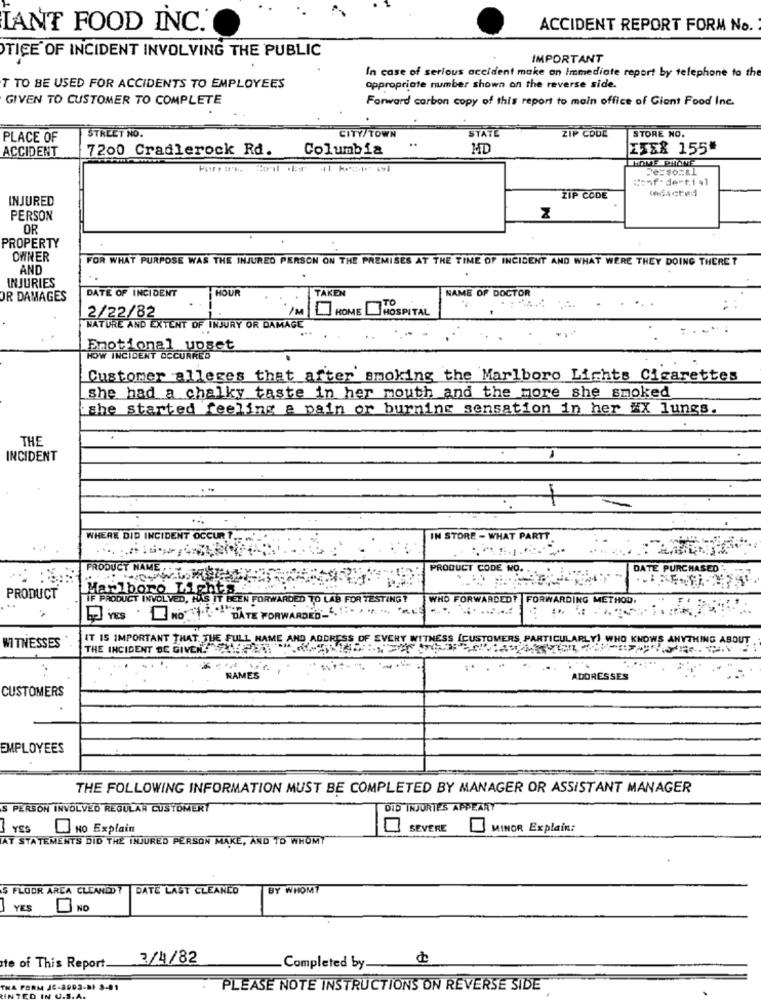
LANT FOOD INC.
ACCIDENT REPORT FORM No.
TICE OF INCIDENT INVOLVING THE PUBLIC
IMPORTANT
In case of serious accident make an Immediate report by telephone to the
T TO BE USED FOR ACCIDENTS TO EMPLOYEES
appropriate number shown on the reverse side.
GIVEN TO CUSTOMER TO COMPLETE
Forward carbon copy of this report to main office of Giant Food Inc.
STATE
STORE NO.
PLACE OF
STREET NO.
CITY/TOWN
..
ZIP CODE
7200 Cradlerock Rd.
Columbia
MD
ISER 155#
ACCIDENT
HOME PITANTE
Personal
Conf. denti,1
INJURED
ZIP CODE
PERSON
Z
OR
PROPERTY
OWNER
FOR WHAT PURPOSE WAS THE INJURED PERSON ON THE PREMISES AT THE TIME OF INCIDENT AND WHAT WERE THEY DOING THERE ?
AND
INJURIES
DATE OF INCIDENT
TAKEN
NAME OF DOCTOR
R DAMAGES
HOUR
TO
1M
HOME LIHOSPITAL
.. .
2/22/82
NATURE AND EXTENT OF INJURY OR DAMAGE
Emotional upset
NOW INCIDENT OCCURRED
Customer alleges that after smoking the Marlboro Lights Cigarettes
she had a chalky taste in her mouth and the more she smoked
she started feeling a pain or burning sensation in her #X lungs.
THE
INCIDENT
WHERE DID INCIDENT OCCUR ?
IN STORE - WHAT PARTT.
PRODUCT NAME
PRODUCT CODE NO.
DATE PURCHASED -
Marlboro Light
PRODUCT
IF PRODUCT INVOLVED, HAS IT BEEN FORWARDED TO LAB FOR TESTING?
WHO FORWARDED! |FORWARDING METHOD,
DATE FORWARDED -....... ..
IT IS IMPORTANT THAT THE FULL NAME AND ADDRESS OF EVERY WITNESS [CUSTOMERS, PARTICULARLY) WHO KNOWS ANYTHING ABOUT
WITNESSES
THE INCIDENT BE GIVEN 225
NAMES
ADDRESSES
CUSTOMERS
EMPLOYEES
THE FOLLOWING INFORMATION MUST BE COMPLETED BY MANAGER OR ASSISTANT MANAGER
S PERSON INVOLVED REGULAN CUSTOMERÝ
DID INJURIES APPEARY
] YES
NO Explain
SEVERE
MINOR Explain:
AT STATEMENTS DID THE INJURED PERSON MAKE, AND TO WHOMT
S FLOOR AREA CLEANED? DATE LAST CLEANCO
BY WHOMT
YES
NO
3/4/82
te of This Report
.Completed by-
PLEASE NOTE INSTRUCTIONS ON REVERSE SIDE